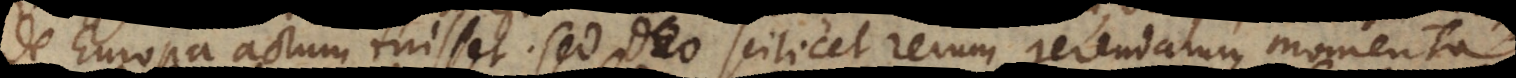
de Europa actum fuisset. Sed Deo scilicet rerum gerendarum momenta